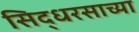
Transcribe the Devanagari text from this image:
सिद्धरसाच्या